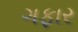
ગફાર